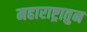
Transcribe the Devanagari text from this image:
महाराष्ट्रातुन